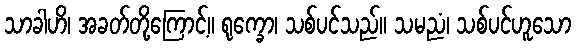
သာခါဟိ၊ အခတ်တို့ကြောင့်။ ရုက္ခော၊ သစ်ပင်သည်။ သမညံ၊ သစ်ပင်ဟူသော